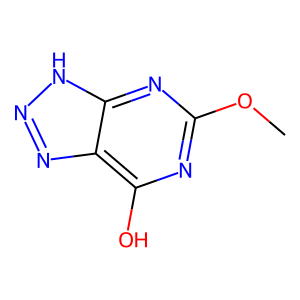
SMILES: COc1nc(O)c2nn[nH]c2n1
Inhibits HIV replication: No